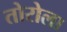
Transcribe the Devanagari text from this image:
तोरोला